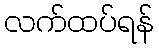
လက်ထပ်ရန်